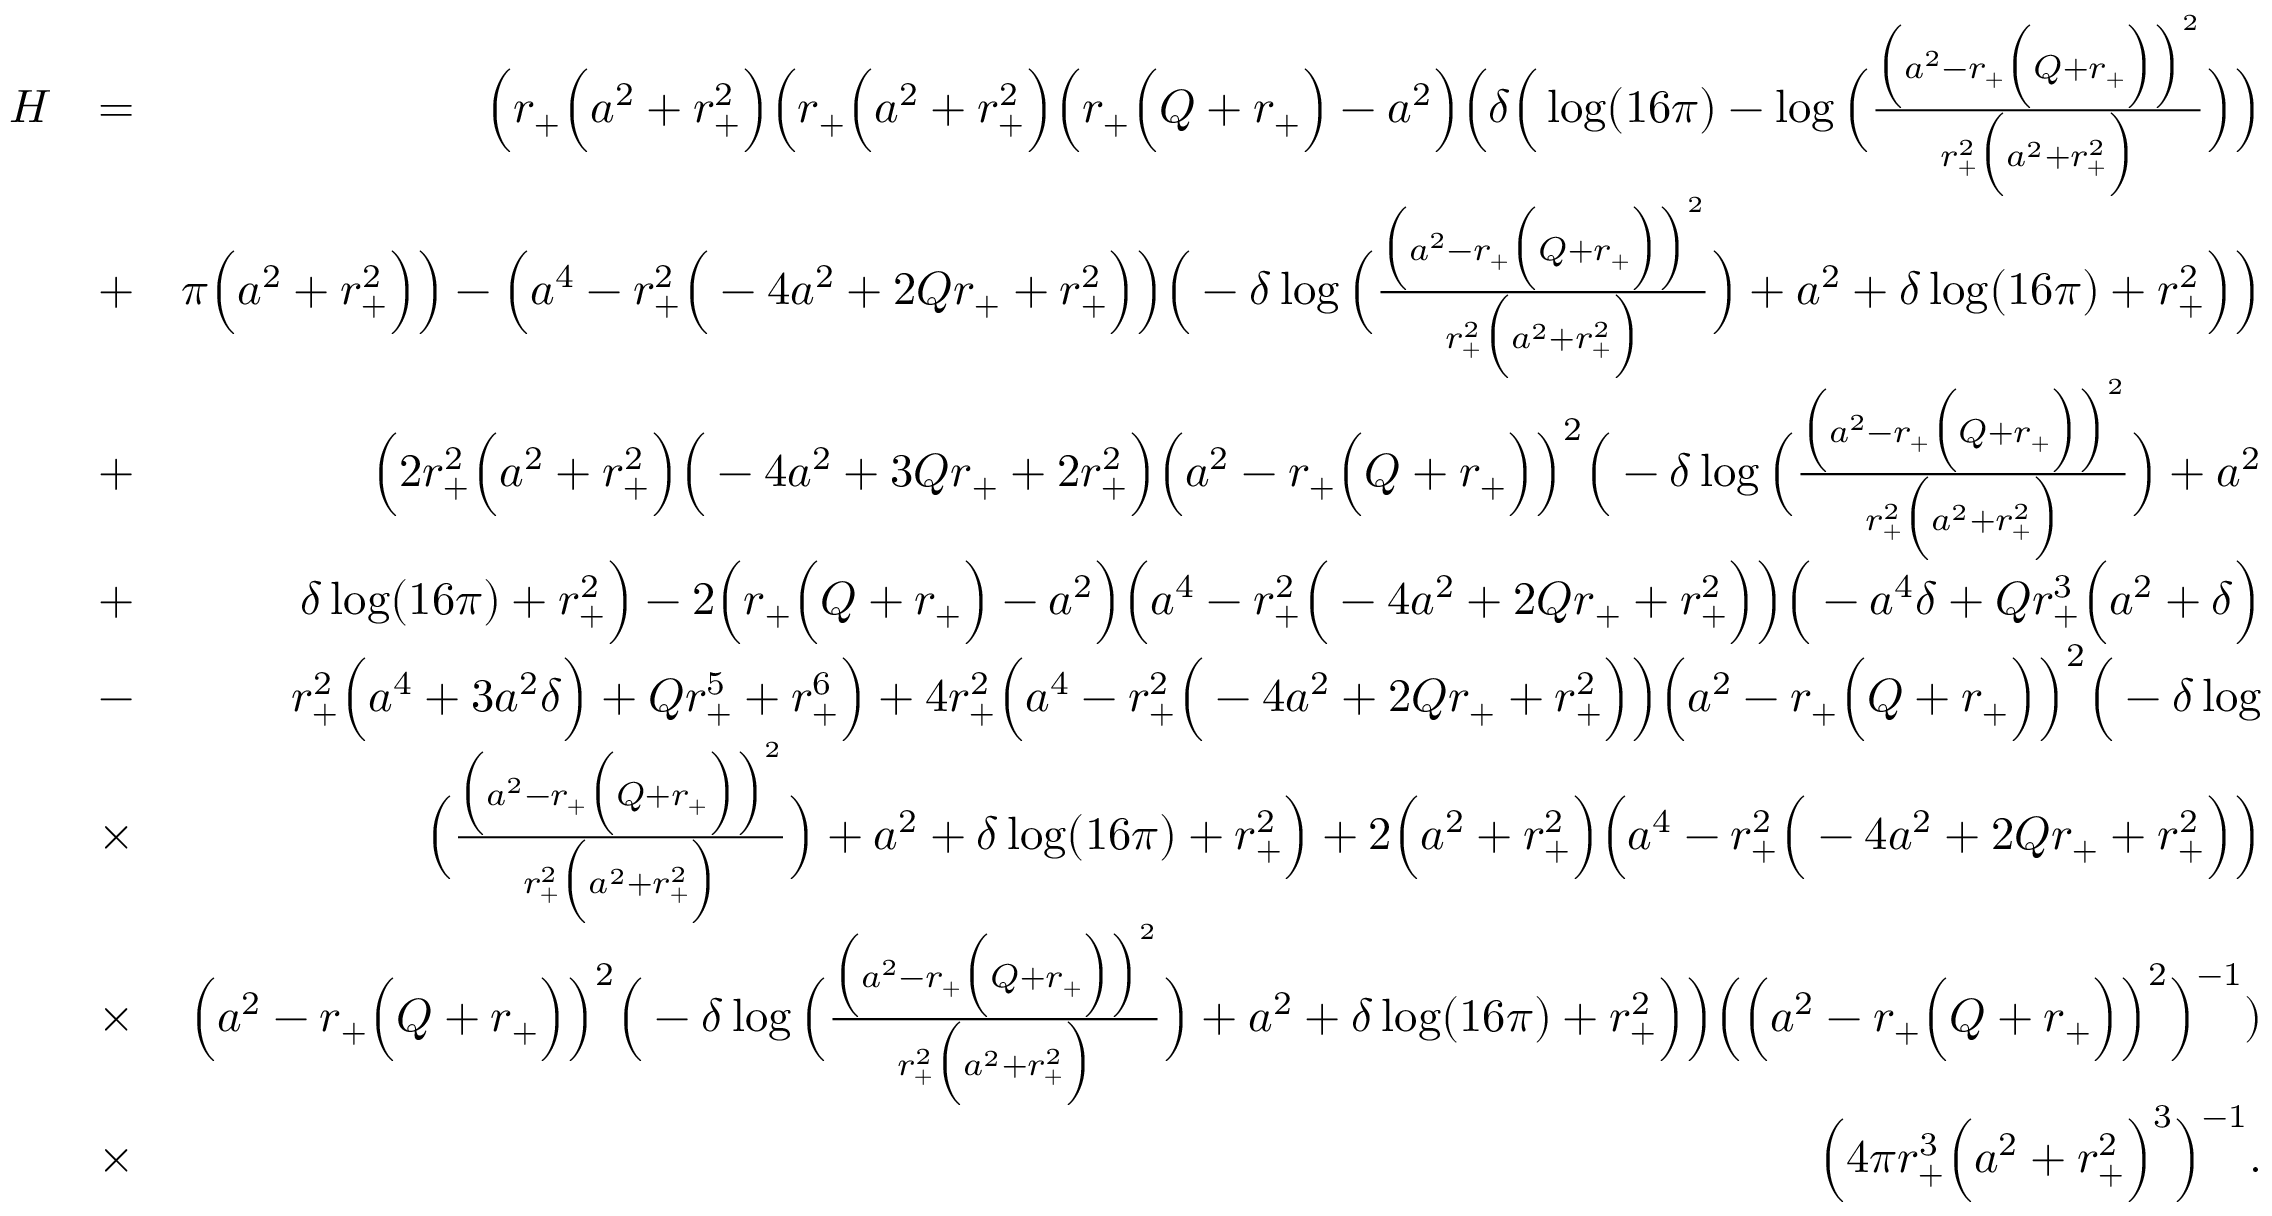
\begin{array} { r l r } { H } & { = } & { \Big ( r _ { + } \Big ( a ^ { 2 } + r _ { + } ^ { 2 } \Big ) \Big ( r _ { + } \Big ( a ^ { 2 } + r _ { + } ^ { 2 } \Big ) \Big ( r _ { + } \Big ( Q + r _ { + } \Big ) - a ^ { 2 } \Big ) \Big ( \delta \Big ( \log ( 1 6 \pi ) - \log \Big ( \frac { \Big ( a ^ { 2 } - r _ { + } \Big ( Q + r _ { + } \Big ) \Big ) ^ { 2 } } { r _ { + } ^ { 2 } \Big ( a ^ { 2 } + r _ { + } ^ { 2 } \Big ) } \Big ) \Big ) } \\ & { + } & { \pi \Big ( a ^ { 2 } + r _ { + } ^ { 2 } \Big ) \Big ) - \Big ( a ^ { 4 } - r _ { + } ^ { 2 } \Big ( - 4 a ^ { 2 } + 2 Q r _ { + } + r _ { + } ^ { 2 } \Big ) \Big ) \Big ( - \delta \log \Big ( \frac { \Big ( a ^ { 2 } - r _ { + } \Big ( Q + r _ { + } \Big ) \Big ) ^ { 2 } } { r _ { + } ^ { 2 } \Big ( a ^ { 2 } + r _ { + } ^ { 2 } \Big ) } \Big ) + a ^ { 2 } + \delta \log ( 1 6 \pi ) + r _ { + } ^ { 2 } \Big ) \Big ) } \\ & { + } & { \Big ( 2 r _ { + } ^ { 2 } \Big ( a ^ { 2 } + r _ { + } ^ { 2 } \Big ) \Big ( - 4 a ^ { 2 } + 3 Q r _ { + } + 2 r _ { + } ^ { 2 } \Big ) \Big ( a ^ { 2 } - r _ { + } \Big ( Q + r _ { + } \Big ) \Big ) ^ { 2 } \Big ( - \delta \log \Big ( \frac { \Big ( a ^ { 2 } - r _ { + } \Big ( Q + r _ { + } \Big ) \Big ) ^ { 2 } } { r _ { + } ^ { 2 } \Big ( a ^ { 2 } + r _ { + } ^ { 2 } \Big ) } \Big ) + a ^ { 2 } } \\ & { + } & { \delta \log ( 1 6 \pi ) + r _ { + } ^ { 2 } \Big ) - 2 \Big ( r _ { + } \Big ( Q + r _ { + } \Big ) - a ^ { 2 } \Big ) \Big ( a ^ { 4 } - r _ { + } ^ { 2 } \Big ( - 4 a ^ { 2 } + 2 Q r _ { + } + r _ { + } ^ { 2 } \Big ) \Big ) \Big ( - a ^ { 4 } \delta + Q r _ { + } ^ { 3 } \Big ( a ^ { 2 } + \delta \Big ) } \\ & { - } & { r _ { + } ^ { 2 } \Big ( a ^ { 4 } + 3 a ^ { 2 } \delta \Big ) + Q r _ { + } ^ { 5 } + r _ { + } ^ { 6 } \Big ) + 4 r _ { + } ^ { 2 } \Big ( a ^ { 4 } - r _ { + } ^ { 2 } \Big ( - 4 a ^ { 2 } + 2 Q r _ { + } + r _ { + } ^ { 2 } \Big ) \Big ) \Big ( a ^ { 2 } - r _ { + } \Big ( Q + r _ { + } \Big ) \Big ) ^ { 2 } \Big ( - \delta \log } \\ & { \times } & { \Big ( \frac { \Big ( a ^ { 2 } - r _ { + } \Big ( Q + r _ { + } \Big ) \Big ) ^ { 2 } } { r _ { + } ^ { 2 } \Big ( a ^ { 2 } + r _ { + } ^ { 2 } \Big ) } \Big ) + a ^ { 2 } + \delta \log ( 1 6 \pi ) + r _ { + } ^ { 2 } \Big ) + 2 \Big ( a ^ { 2 } + r _ { + } ^ { 2 } \Big ) \Big ( a ^ { 4 } - r _ { + } ^ { 2 } \Big ( - 4 a ^ { 2 } + 2 Q r _ { + } + r _ { + } ^ { 2 } \Big ) \Big ) } \\ & { \times } & { \Big ( a ^ { 2 } - r _ { + } \Big ( Q + r _ { + } \Big ) \Big ) ^ { 2 } \Big ( - \delta \log \Big ( \frac { \Big ( a ^ { 2 } - r _ { + } \Big ( Q + r _ { + } \Big ) \Big ) ^ { 2 } } { r _ { + } ^ { 2 } \Big ( a ^ { 2 } + r _ { + } ^ { 2 } \Big ) } \Big ) + a ^ { 2 } + \delta \log ( 1 6 \pi ) + r _ { + } ^ { 2 } \Big ) \Big ) \Big ( \Big ( a ^ { 2 } - r _ { + } \Big ( Q + r _ { + } \Big ) \Big ) ^ { 2 } \Big ) ^ { - 1 } ) } \\ & { \times } & { \Big ( 4 \pi r _ { + } ^ { 3 } \Big ( a ^ { 2 } + r _ { + } ^ { 2 } \Big ) ^ { 3 } \Big ) ^ { - 1 } . } \end{array}